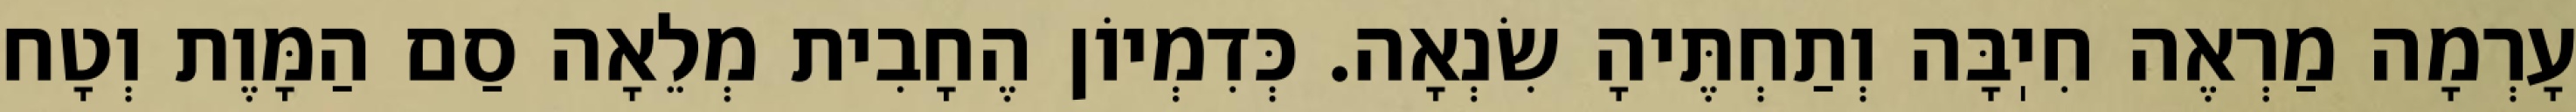
עָרְמָה מַרְאֶה חִיֽבָּה וְתַחְתֶּיהָ שִׂנְאָה. כְּדִמְיוֹן הֶחָבִית מְלֵאָה סַם הַמָּוֶת וְטָח